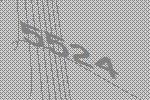
5524